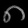
Digit: ၈